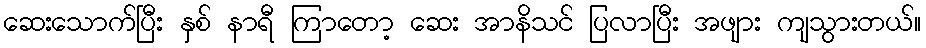
ဆေးသောက်ပြီး နှစ် နာရီ ကြာတော့ ဆေး အာနိသင် ပြလာပြီး အဖျား ကျသွားတယ်။